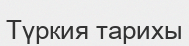
Түркия тарихы